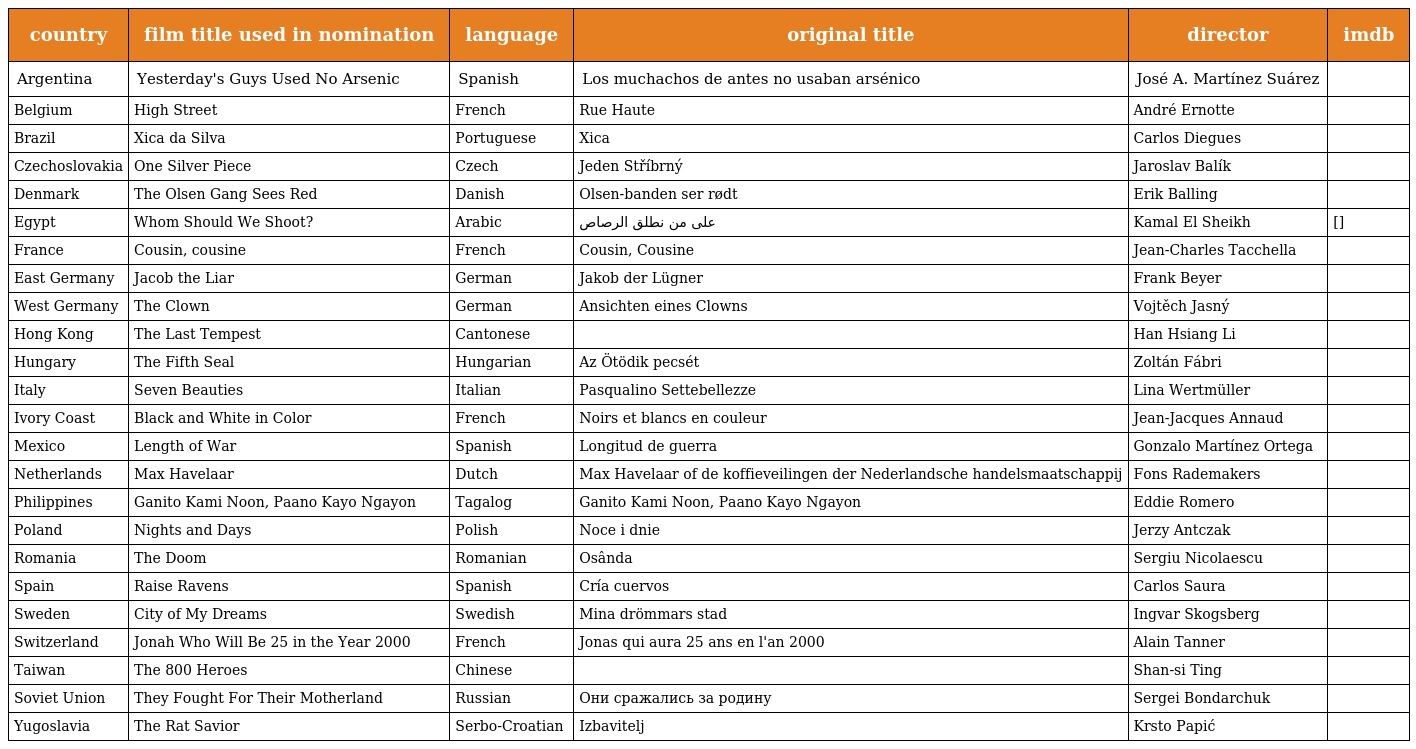
| country | film title used in nomination | language | original title | director | imdb |
 | --- | --- | --- | --- | --- | --- |
 | Argentina | Yesterday's Guys Used No Arsenic | Spanish | Los muchachos de antes no usaban arsénico | José A. Martínez Suárez |  |
 | Belgium | High Street | French | Rue Haute | André Ernotte |  |
 | Brazil | Xica da Silva | Portuguese | Xica | Carlos Diegues |  |
 | Czechoslovakia | One Silver Piece | Czech | Jeden Stříbrný | Jaroslav Balík |  |
 | Denmark | The Olsen Gang Sees Red | Danish | Olsen-banden ser rødt | Erik Balling |  |
 | Egypt | Whom Should We Shoot? | Arabic | على من نطلق الرصاص | Kamal El Sheikh | [] |
 | France | Cousin, cousine | French | Cousin, Cousine | Jean-Charles Tacchella |  |
 | East Germany | Jacob the Liar | German | Jakob der Lügner | Frank Beyer |  |
 | West Germany | The Clown | German | Ansichten eines Clowns | Vojtěch Jasný |  |
 | Hong Kong | The Last Tempest | Cantonese | 瀛台泣血 | Han Hsiang Li |  |
 | Hungary | The Fifth Seal | Hungarian | Az Ötödik pecsét | Zoltán Fábri |  |
 | Italy | Seven Beauties | Italian | Pasqualino Settebellezze | Lina Wertmüller |  |
 | Ivory Coast | Black and White in Color | French | Noirs et blancs en couleur | Jean-Jacques Annaud |  |
 | Mexico | Length of War | Spanish | Longitud de guerra | Gonzalo Martínez Ortega |  |
 | Netherlands | Max Havelaar | Dutch | Max Havelaar of de koffieveilingen der Nederlandsche handelsmaatschappij | Fons Rademakers |  |
 | Philippines | Ganito Kami Noon, Paano Kayo Ngayon | Tagalog | Ganito Kami Noon, Paano Kayo Ngayon | Eddie Romero |  |
 | Poland | Nights and Days | Polish | Noce i dnie | Jerzy Antczak |  |
 | Romania | The Doom | Romanian | Osânda | Sergiu Nicolaescu |  |
 | Spain | Raise Ravens | Spanish | Cría cuervos | Carlos Saura |  |
 | Sweden | City of My Dreams | Swedish | Mina drömmars stad | Ingvar Skogsberg |  |
 | Switzerland | Jonah Who Will Be 25 in the Year 2000 | French | Jonas qui aura 25 ans en l'an 2000 | Alain Tanner |  |
 | Taiwan | The 800 Heroes | Chinese | 八百壮士 | Shan-si Ting |  |
 | Soviet Union | They Fought For Their Motherland | Russian | Они сражались за родину | Sergei Bondarchuk |  |
 | Yugoslavia | The Rat Savior | Serbo-Croatian | Izbavitelj | Krsto Papić |  |